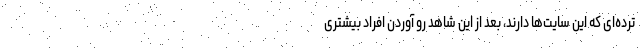
ترده‌ای که این سایت‌ها دارند، بعد از این شاهد رو آوردن افراد بیشتری